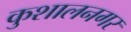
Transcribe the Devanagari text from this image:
कुशालनगर